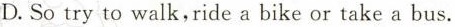
D.So try to walk, ride a bike or take a bus.